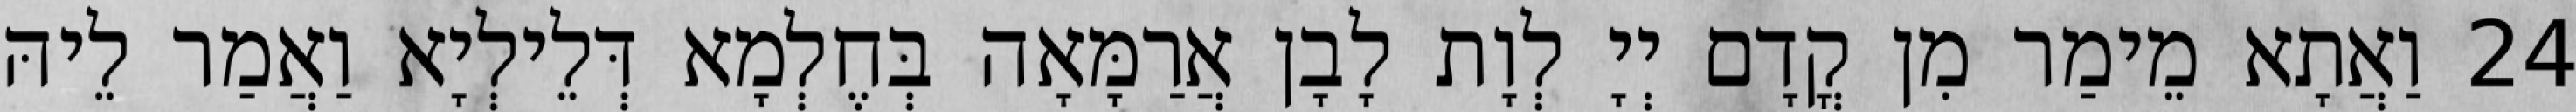
24 וַאֲתָא מֵימַר מִן קֳדָם יְיָ לְוָת לָבָן אֲרַמָּאָה בְּחֶלְמָא דְּלֵילְיָא וַאֲמַר לֵיהּ